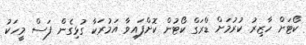
ކޯޓަށް ހާޒިރު ކުރުމަށް ޑްރަގް ކޯޓުން ކޮށްފައިވާ އަމުރަކާ ގުޅިގެން ފަސް މީހަކު